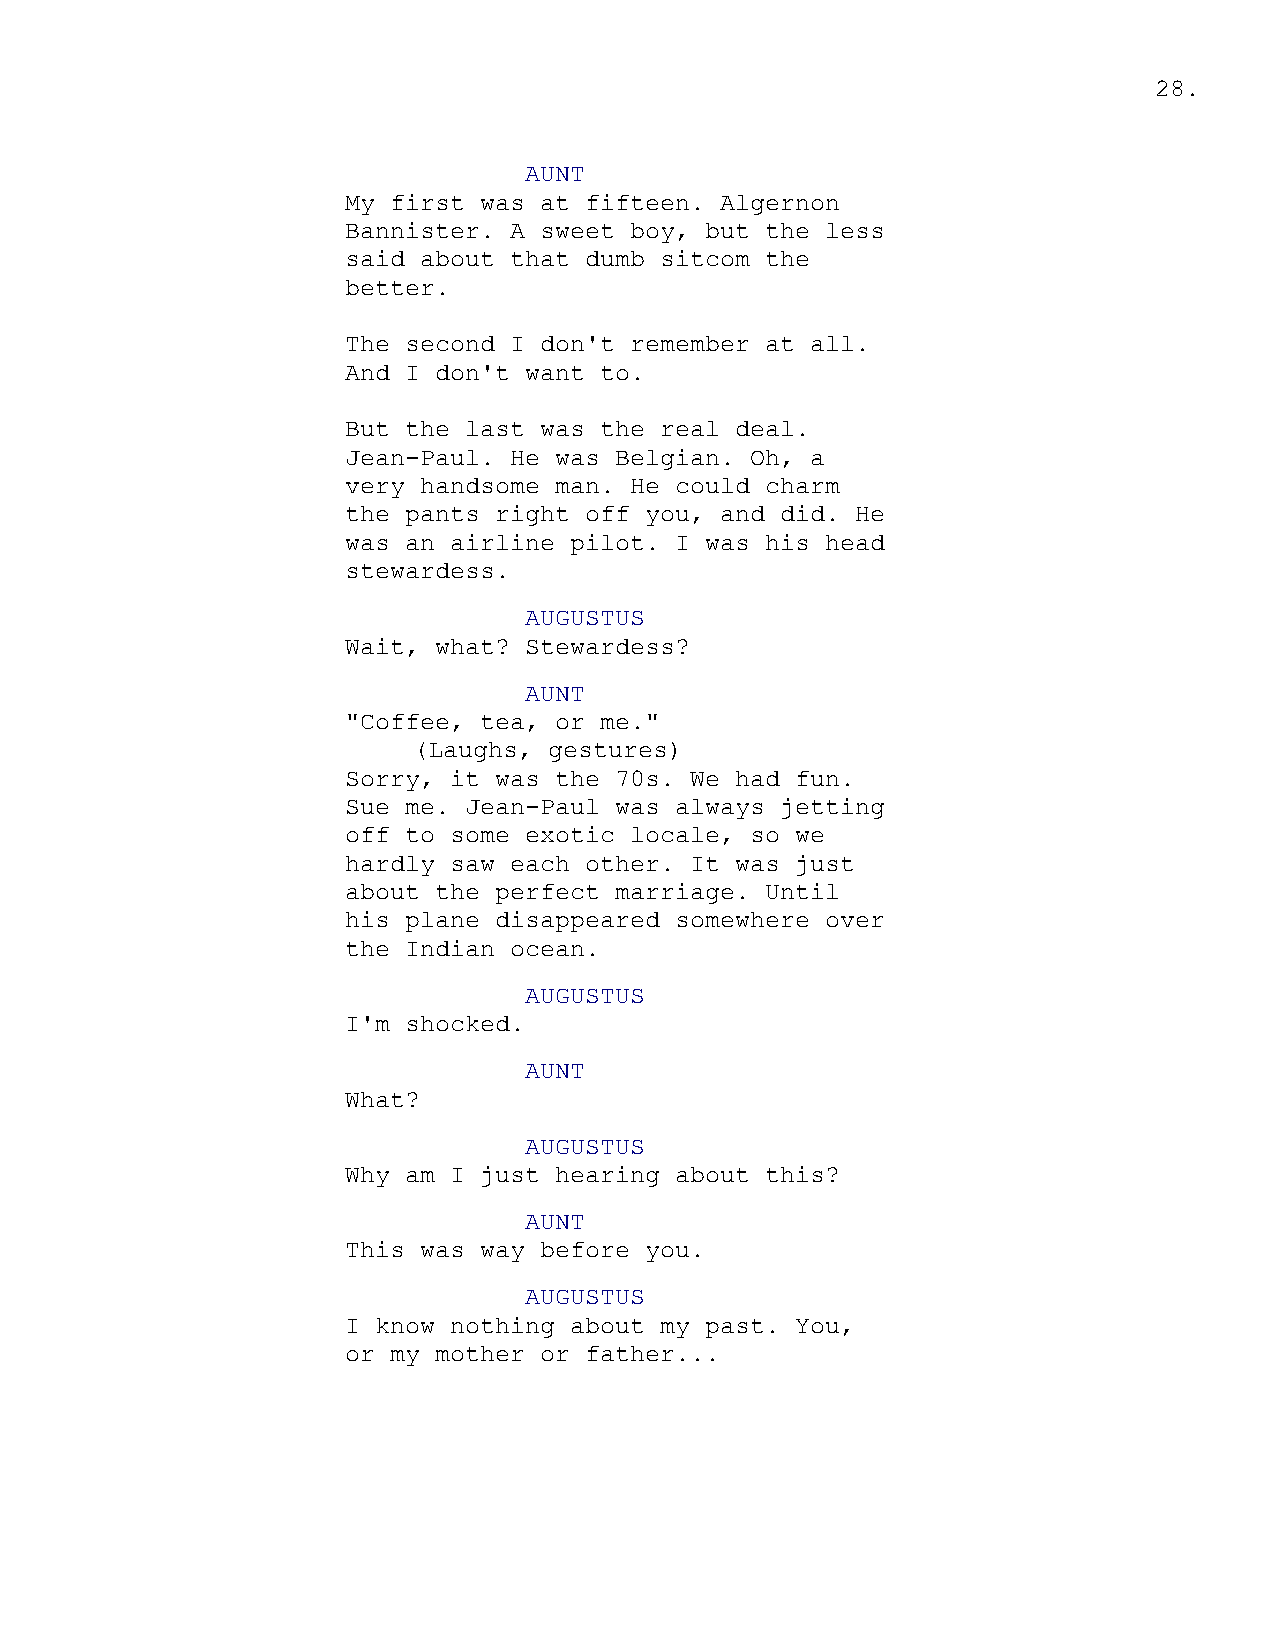
28.
 AUNT
 My first was at fifteen. Algernon
 Bannister. A sweet boy, but the less
 said about that dumb sitcom the
 better.
 The second I don't remember at all.
 And I don't want to.
 But the last was the real deal.
 Jean-Paul. He was Belgian. Oh, a
 very handsome man. He could charm
 the pants right off you, and did. He
 was an airline pilot. I was his head
 stewardess.
 AUGUSTUS
 Wait, what? Stewardess?
 AUNT
 "Coffee, tea, or me."
 (Laughs, gestures)
 Sorry, it was the 70s. We had fun.
 Sue me. Jean-Paul was always jetting
 off to some exotic locale, so we
 hardly saw each other. It was just
 about the perfect marriage. Until
 his plane disappeared somewhere over
 the Indian ocean.
 AUGUSTUS
 I'm shocked.
 AUNT
 What?
 AUGUSTUS
 Why am I just hearing about this?
 AUNT
 This was way before you.
 AUGUSTUS
 I know nothing about my past. You,
 or my mother or father...